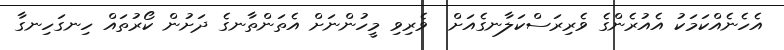
އެހެނެއްކަމަކު އެއުރެންގެ ވެރިރަސްކަލާނގެއަށް  ވެރިވި މީހުންނަށް އެތަންތާނގެ ދަށުން ކޯރުތައް ހިނގަހިނގާ